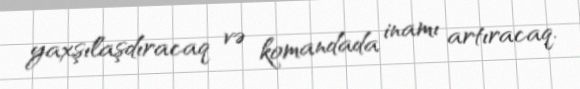
yaxşılaşdıracaq və komandada inamı artıracaq.